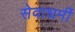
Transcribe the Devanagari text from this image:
सेवाधर्मी